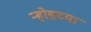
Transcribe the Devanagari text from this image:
ऱ्होडच्या